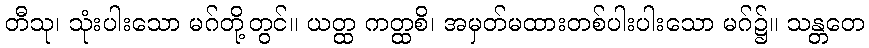
တီသု၊ သုံးပါးသော မဂ်တို့တွင်။ ယတ္ထ ကတ္ထစိ၊ အမှတ်မထားတစ်ပါးပါးသော မဂ်၌။ သန္တတေ